Taavet_Bergmanni_abiraha_sihtasutus, lk 24
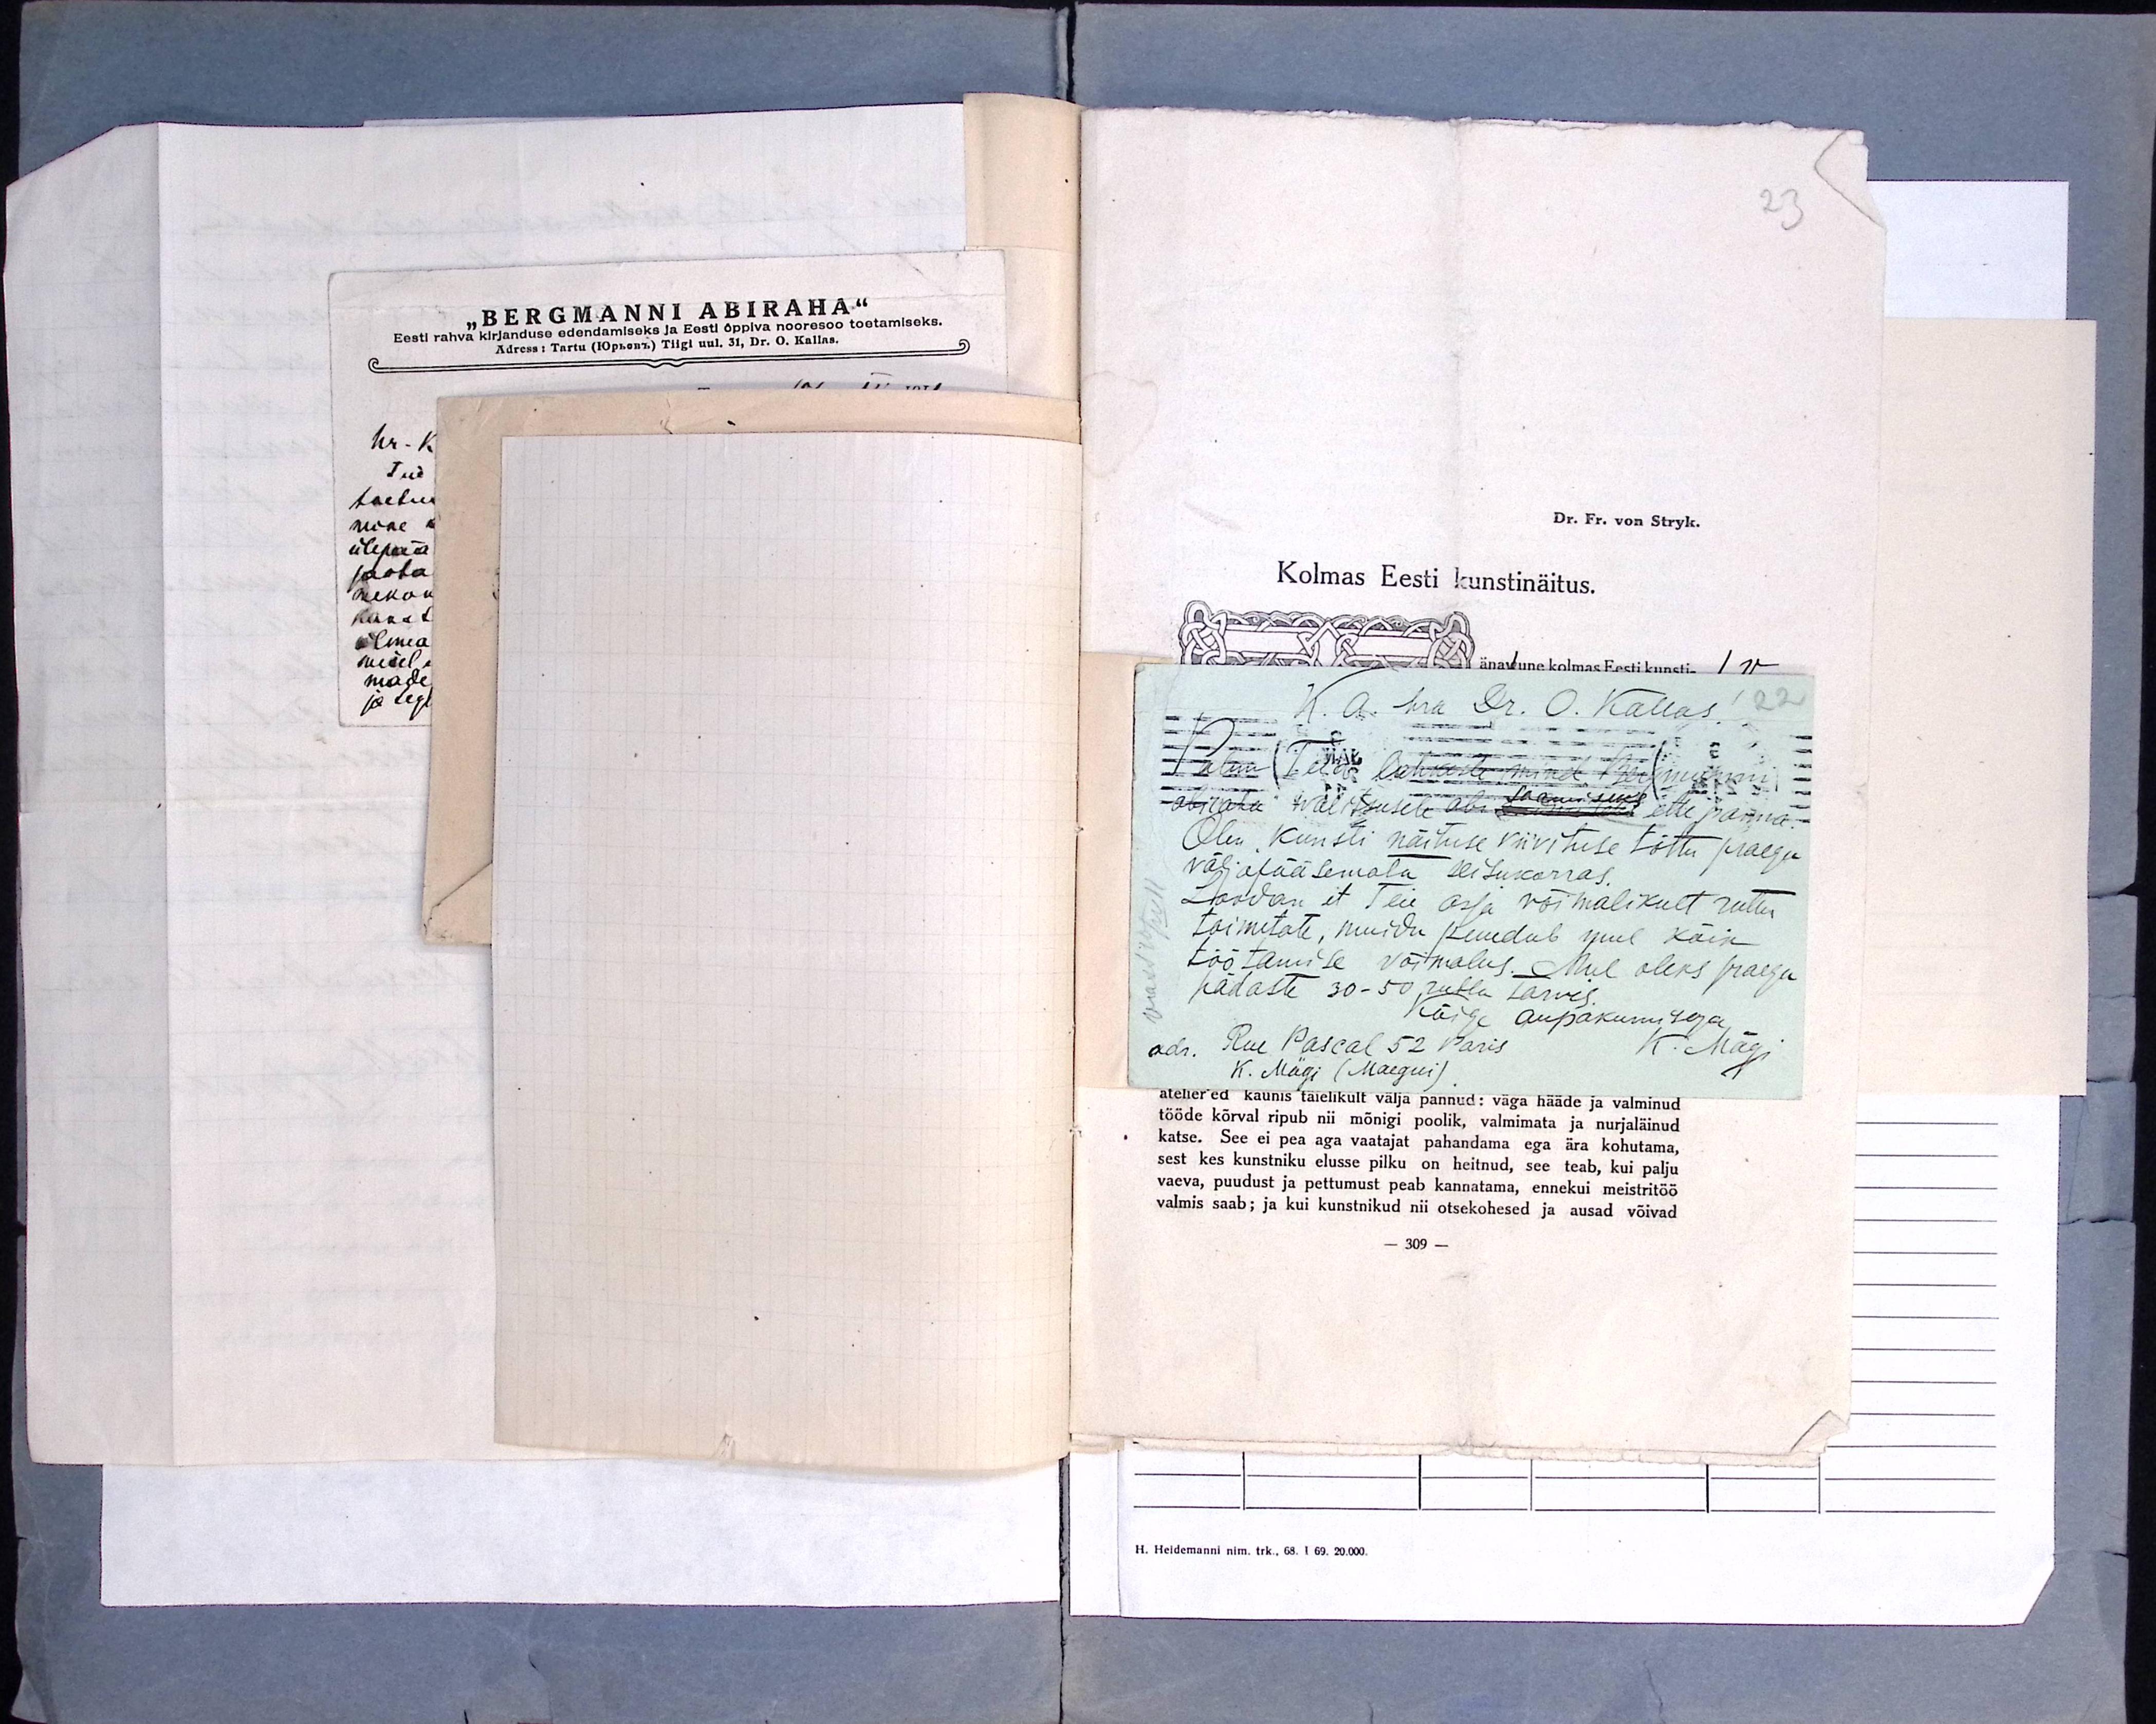
K. a. hra Dr. O. Kallas!
22
Palun Teid lahkesti mind Bergmanni
abiraha walitsusele abi saamiseks ette panna.
Olen kunsti näituse viivituse tõttu praegu
väljapääsemata seisukorras.
Loodan et Teie asja võimalikult ruttu
toimetate, muidu puudub mul kõik
töötamise võimalus. Mul oleks praegu
hädaste 30-50 rubla tarvis.
Kõige aupakumisega
adr. Rue Pascal 52 Paris
K. Mägi
K. Mägi (Maegui)